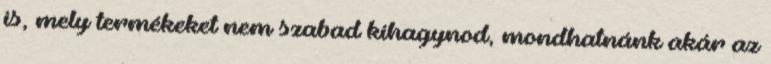
is, mely termékeket nem szabad kihagynod, mondhatnánk akár az